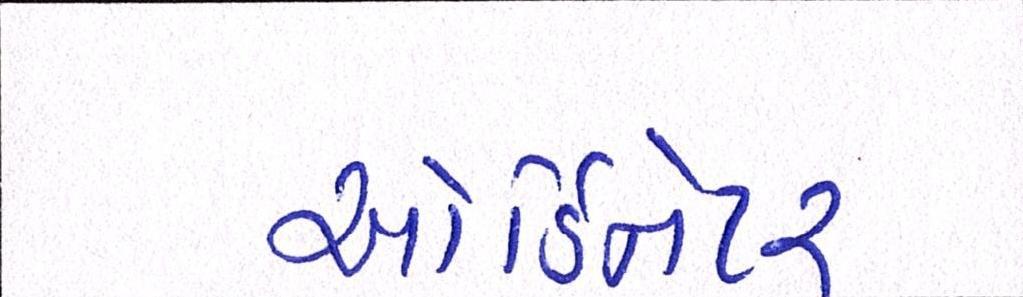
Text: ઓર્ડિનેટર